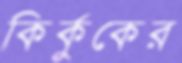
কির্কুকের